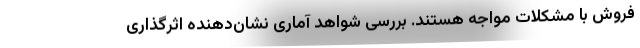
فروش با مشکلات مواجه هستند. بررسی شواهد آماری نشان‌دهنده اثرگذاری